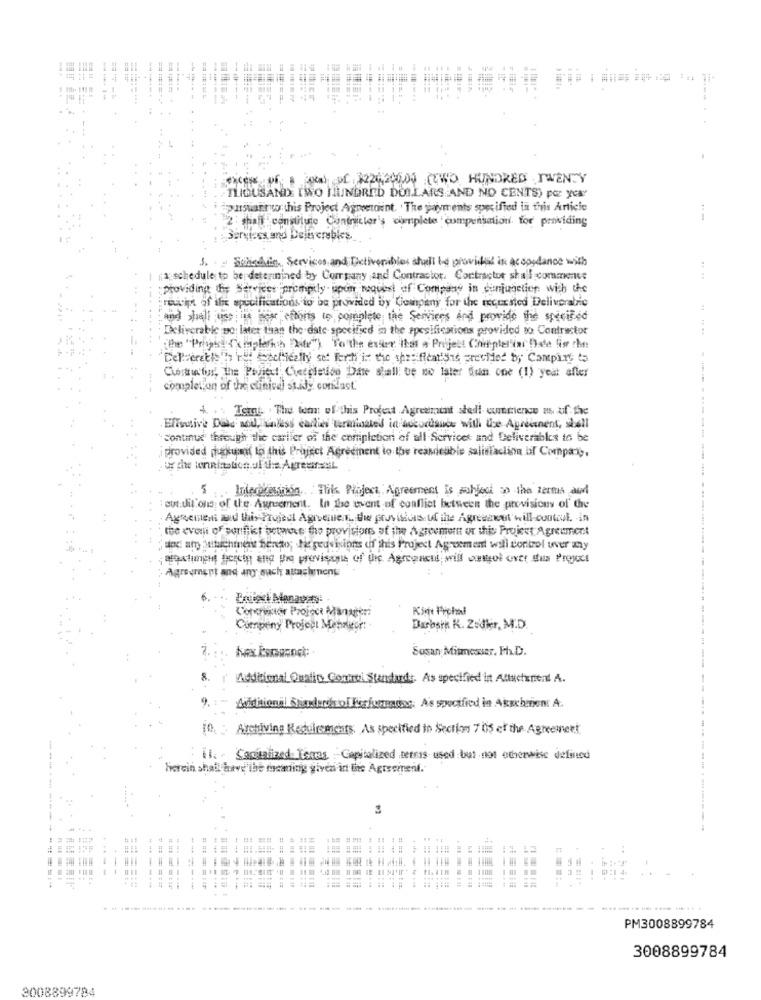
Syces : 2220 WO HUNDRED TWENTY
-THOUSAND TWO HUNDRED DOLLARS AND NO CENTS) por yes
i ipusuario this Project Agreetoint. The payments specified in this Article
2: shall constitute Cantriclor's complete 'compensation. for providing
3. Schedule, Services and Dictiverabies shall be provided in accordance with
a: schedule; to be determined by Company ,and Contractor. Contractor shall comment
.....
providing de services promptly upon request of Company in conjunction with the
recip of ile specifications to be provided by Company for the requested Deliverabrie
and shall use the poor"actors in complete the Services and provide the specified
Deliverable no later than the date specified in the apesifications provided to Contractor
the "Progs Compter's Life") To the ever thas a Project Chirplerin Date is
Curthatis, The Poliert Ciecpletion Date shall be no later dun one (1) year after
---
completion of the cunisel stidy condast.
4. .. Tetni, The tens of this Project Agreement stadt curtiende us af the
Effective Date sou, unless caddies terminated in accordance with use Agreement, shell
continue through the carlier of the completion of all Services and Deliverables to be
i provided deskum to this Project Agreement to the reasonable salitiaction of Company.
w the wennization of the Agreesal
---- ---
luleckesinon. . . This Project : Agreement Is suhjoci zo the zertus aud
auditors of the Agreement. In the event of conflict between the provisions of the
Agreement mad this Project Agreement the prosisus ul the Agreezwet will-cuntil. in
the event of sithikt potwor the provisions of the Agreement or this Project Agreement
and any attachment herder; the provisions of this Project Agreement well control over any
andlung begin ing pro previsione of pic Agreement will outgol cict das Project
Agreement and any such attachments
Concregor Project Manager
Kim Frohni
Cuenpeny Project Mehritor: .
Darosin K. Zudkr, M.D.
Sosan Mitmesser. Fh.D.
--
8.
Additional Oustic Connoi Standards. As specified int Altuchenent A.
9 .:
danishional Sindurch of Perjureading. A's soucified in Akschnen A.
10. : Archiving Requirements, As specified in Section 7 05 of the Agreement.
: il. Socialized Tomas Capitalized Detris used but not otherwise defined
---
herein shall have'the meaning given in the Agreement.
--
------------ -
...
PM3008899784
3008899784
3008899794